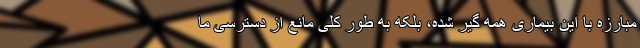
مبارزه با این بیماری همه گیر شده، بلکه به طور کلی مانع از دسترسی ما